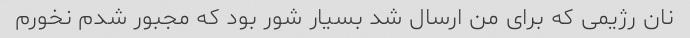
نان رژیمی که برای من ارسال شد بسیار شور بود که مجبور شدم نخورم